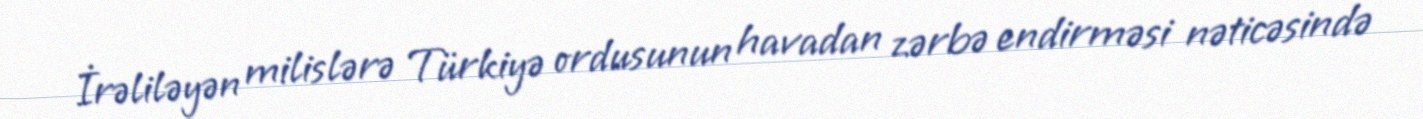
İrəliləyən milislərə Türkiyə ordusunun havadan zərbə endirməsi nəticəsində